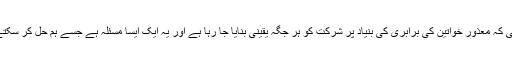
امریکی سفیر ڈیوڈ ہیل نے اس بات کی تائید کی کہ معذور خواتین کی برابری کی بنیاد پر شرکت کو ہر جگہ یقینی بنایا جا رہا ہے اور یہ ایک ایسا مسئلہ ہے جسے ہم حل کر سکتے ہیں اورہمیں لازمی طورپرایسا کرنا چاہیے۔